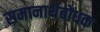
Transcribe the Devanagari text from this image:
समानार्थबोधक